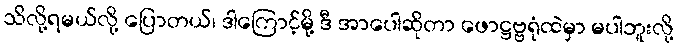
သိလို့ရမယ်လို့ ပြောတယ်၊ ဒါကြောင့်မို့ ဒီ အာပေါဆိုတာ ဖောဋ္ဌဗ္ဗရုံထဲမှာ မပါဘူးလို့